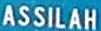
ASSILAH